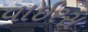
વાઈરસ